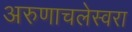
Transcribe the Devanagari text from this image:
अरुणाचलेस्वरा